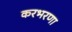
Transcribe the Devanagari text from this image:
करभरणा